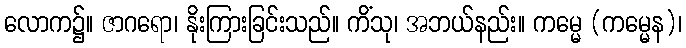
လောက၌။ ဇာဂရော၊ နိုးကြားခြင်းသည်။ ကိံသု၊ အဘယ်နည်း။ ကမ္မေ (ကမ္မေန)၊